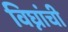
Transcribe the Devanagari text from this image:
विघ्नांची